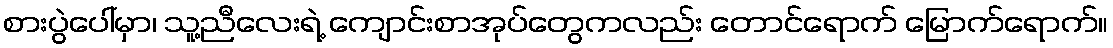
စားပွဲပေါ်မှာ၊ သူ့ညီလေးရဲ့ ကျောင်းစာအုပ်တွေကလည်း တောင်ရောက် မြောက်ရောက်။